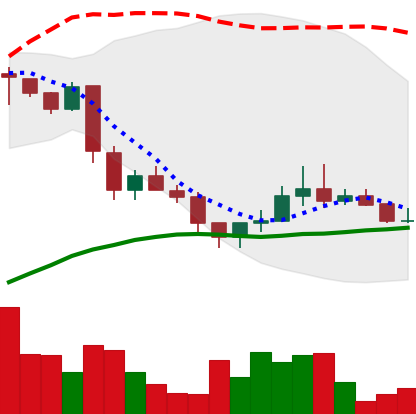
Ticker: LINK-USD
Chart end date: 2018-12-04
Forward return: -16.685%
Label: down_7plus